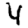
Digit: 4